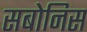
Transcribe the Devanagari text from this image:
सबोनिस